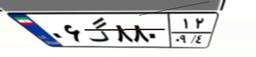
۸۴گ۵۸۲۵۴